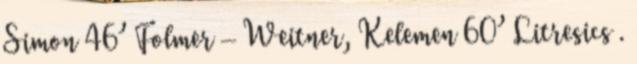
Simon 46’ Folmer – Weitner, Kelemen 60’ Litresics .